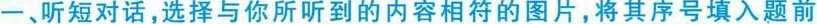
一、听短对话，选择与你所听到的内容相符的图片，将其序号填入题前